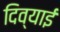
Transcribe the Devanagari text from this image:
दिव्याई